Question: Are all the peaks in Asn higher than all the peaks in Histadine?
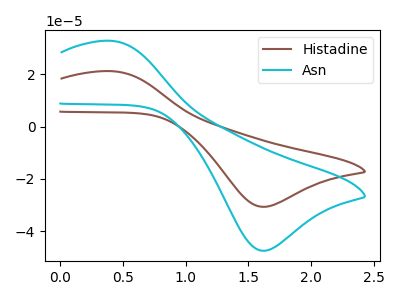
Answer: <think>The brown curve "Histadine" has an anodic peak at (0.40V, 21.15uA) and a cathodic peak at (1.60V, -30.60uA). The cyan curve "Asn" has an anodic peak at (0.40V, 32.70uA) and a cathodic peak at (1.60V, -47.35uA).</think>
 <answer>Every peak in "Asn" is higher than every peak in "Histadine".</answer>
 <eval>higher</eval>